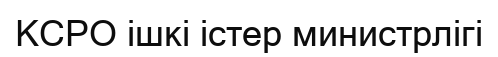
КСРО ішкі істер министрлігі